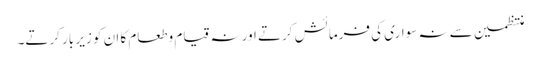
منتظمین سے نہ سواری کی فرمائش کرتے اور نہ قیام وطعام کا ان کو زیر بار کرتے۔